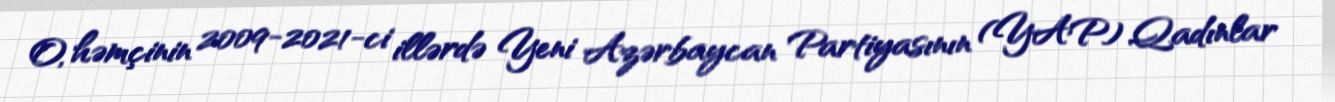
O, həmçinin 2009-2021-ci illərdə Yeni Azərbaycan Partiyasının (YAP) Qadınlar